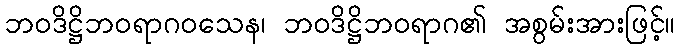
ဘဝဒိဋ္ဌိဘဝရာဂဝသေန၊ ဘဝဒိဋ္ဌိဘဝရာဂ၏ အစွမ်းအားဖြင့်။